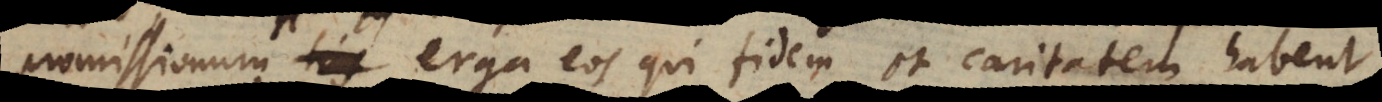
promissionum erga eos qui fidem et caritatem sunt